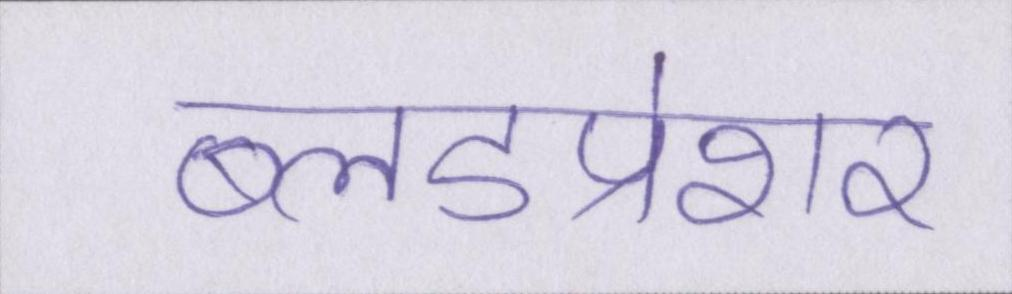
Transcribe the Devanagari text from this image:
ब्लडप्रेशर